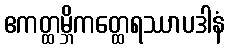
ဧကတ္ထမ္ဘိကတ္ထေရဿာပဒါနံ